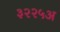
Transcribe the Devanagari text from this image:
३२२५अ